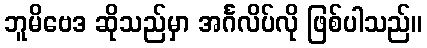
ဘူမိဗေဒ ဆိုသည်မှာ အင်္ဂလိပ်လို ဖြစ်ပါသည်။